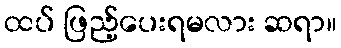
ထပ် ဖြည့်ပေးရမလား ဆရာ။